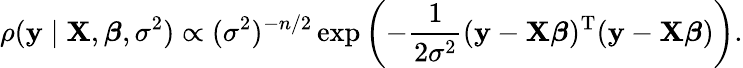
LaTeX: \rho(\mathbf{y}\mid\mathbf{X},{\boldsymbol{\beta}},\sigma^{2})\propto(\sigma^{2})^{-n/2}\exp\left(-{\frac{1}{2\sigma^{2}}}(\mathbf{y}-\mathbf{X}{\boldsymbol{\beta}})^{\mathrm{{T}}}(\mathbf{y}-\mathbf{X}{\boldsymbol{\beta}})\right).